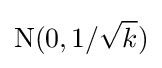
{\text{N}}(0,1/{\sqrt {k}})